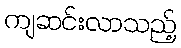
ကျဆင်းလာသည့်